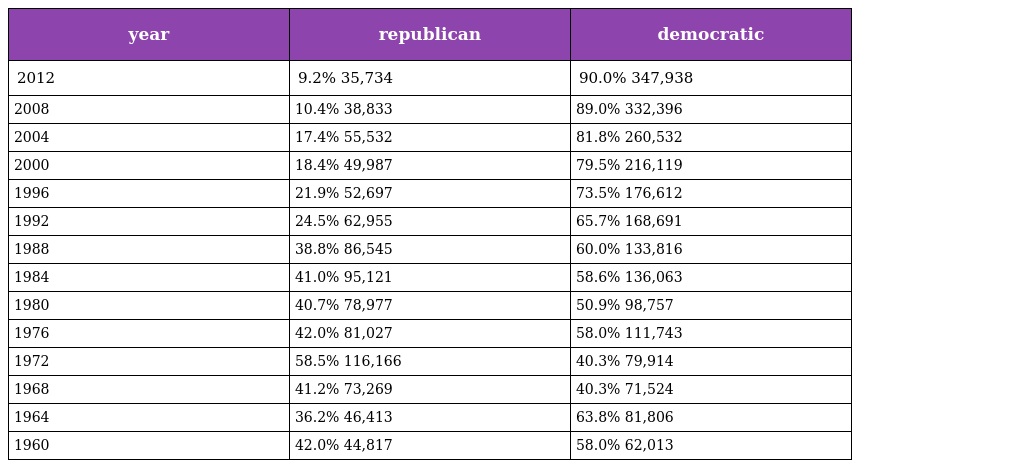
| year | republican | democratic |
 | --- | --- | --- |
 | 2012 | 9.2% 35,734 | 90.0% 347,938 |
 | 2008 | 10.4% 38,833 | 89.0% 332,396 |
 | 2004 | 17.4% 55,532 | 81.8% 260,532 |
 | 2000 | 18.4% 49,987 | 79.5% 216,119 |
 | 1996 | 21.9% 52,697 | 73.5% 176,612 |
 | 1992 | 24.5% 62,955 | 65.7% 168,691 |
 | 1988 | 38.8% 86,545 | 60.0% 133,816 |
 | 1984 | 41.0% 95,121 | 58.6% 136,063 |
 | 1980 | 40.7% 78,977 | 50.9% 98,757 |
 | 1976 | 42.0% 81,027 | 58.0% 111,743 |
 | 1972 | 58.5% 116,166 | 40.3% 79,914 |
 | 1968 | 41.2% 73,269 | 40.3% 71,524 |
 | 1964 | 36.2% 46,413 | 63.8% 81,806 |
 | 1960 | 42.0% 44,817 | 58.0% 62,013 |